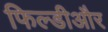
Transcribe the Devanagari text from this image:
फिल्डीऔर